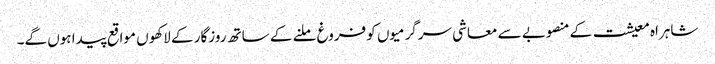
شاہراہ معیشت کے منصوبے سے معاشی سرگرمیوں کو فروغ ملنے کے ساتھ روزگار کے لاکھوں مواقع پیدا ہوں گے۔